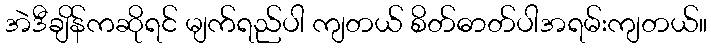
အဲဒီချိန်ကဆိုရင် မျက်ရည်ပါ ကျတယ် စိတ်ဓာတ်ပါအရမ်းကျတယ်။